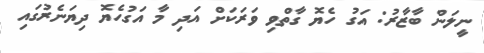
ނީލަން ބާޒާރު: އަގު ހެޔޮ ގާތްވި ވަރަކަށް އަދި މާ އަގުހެޔޮ ދިޔަނެރުގައި